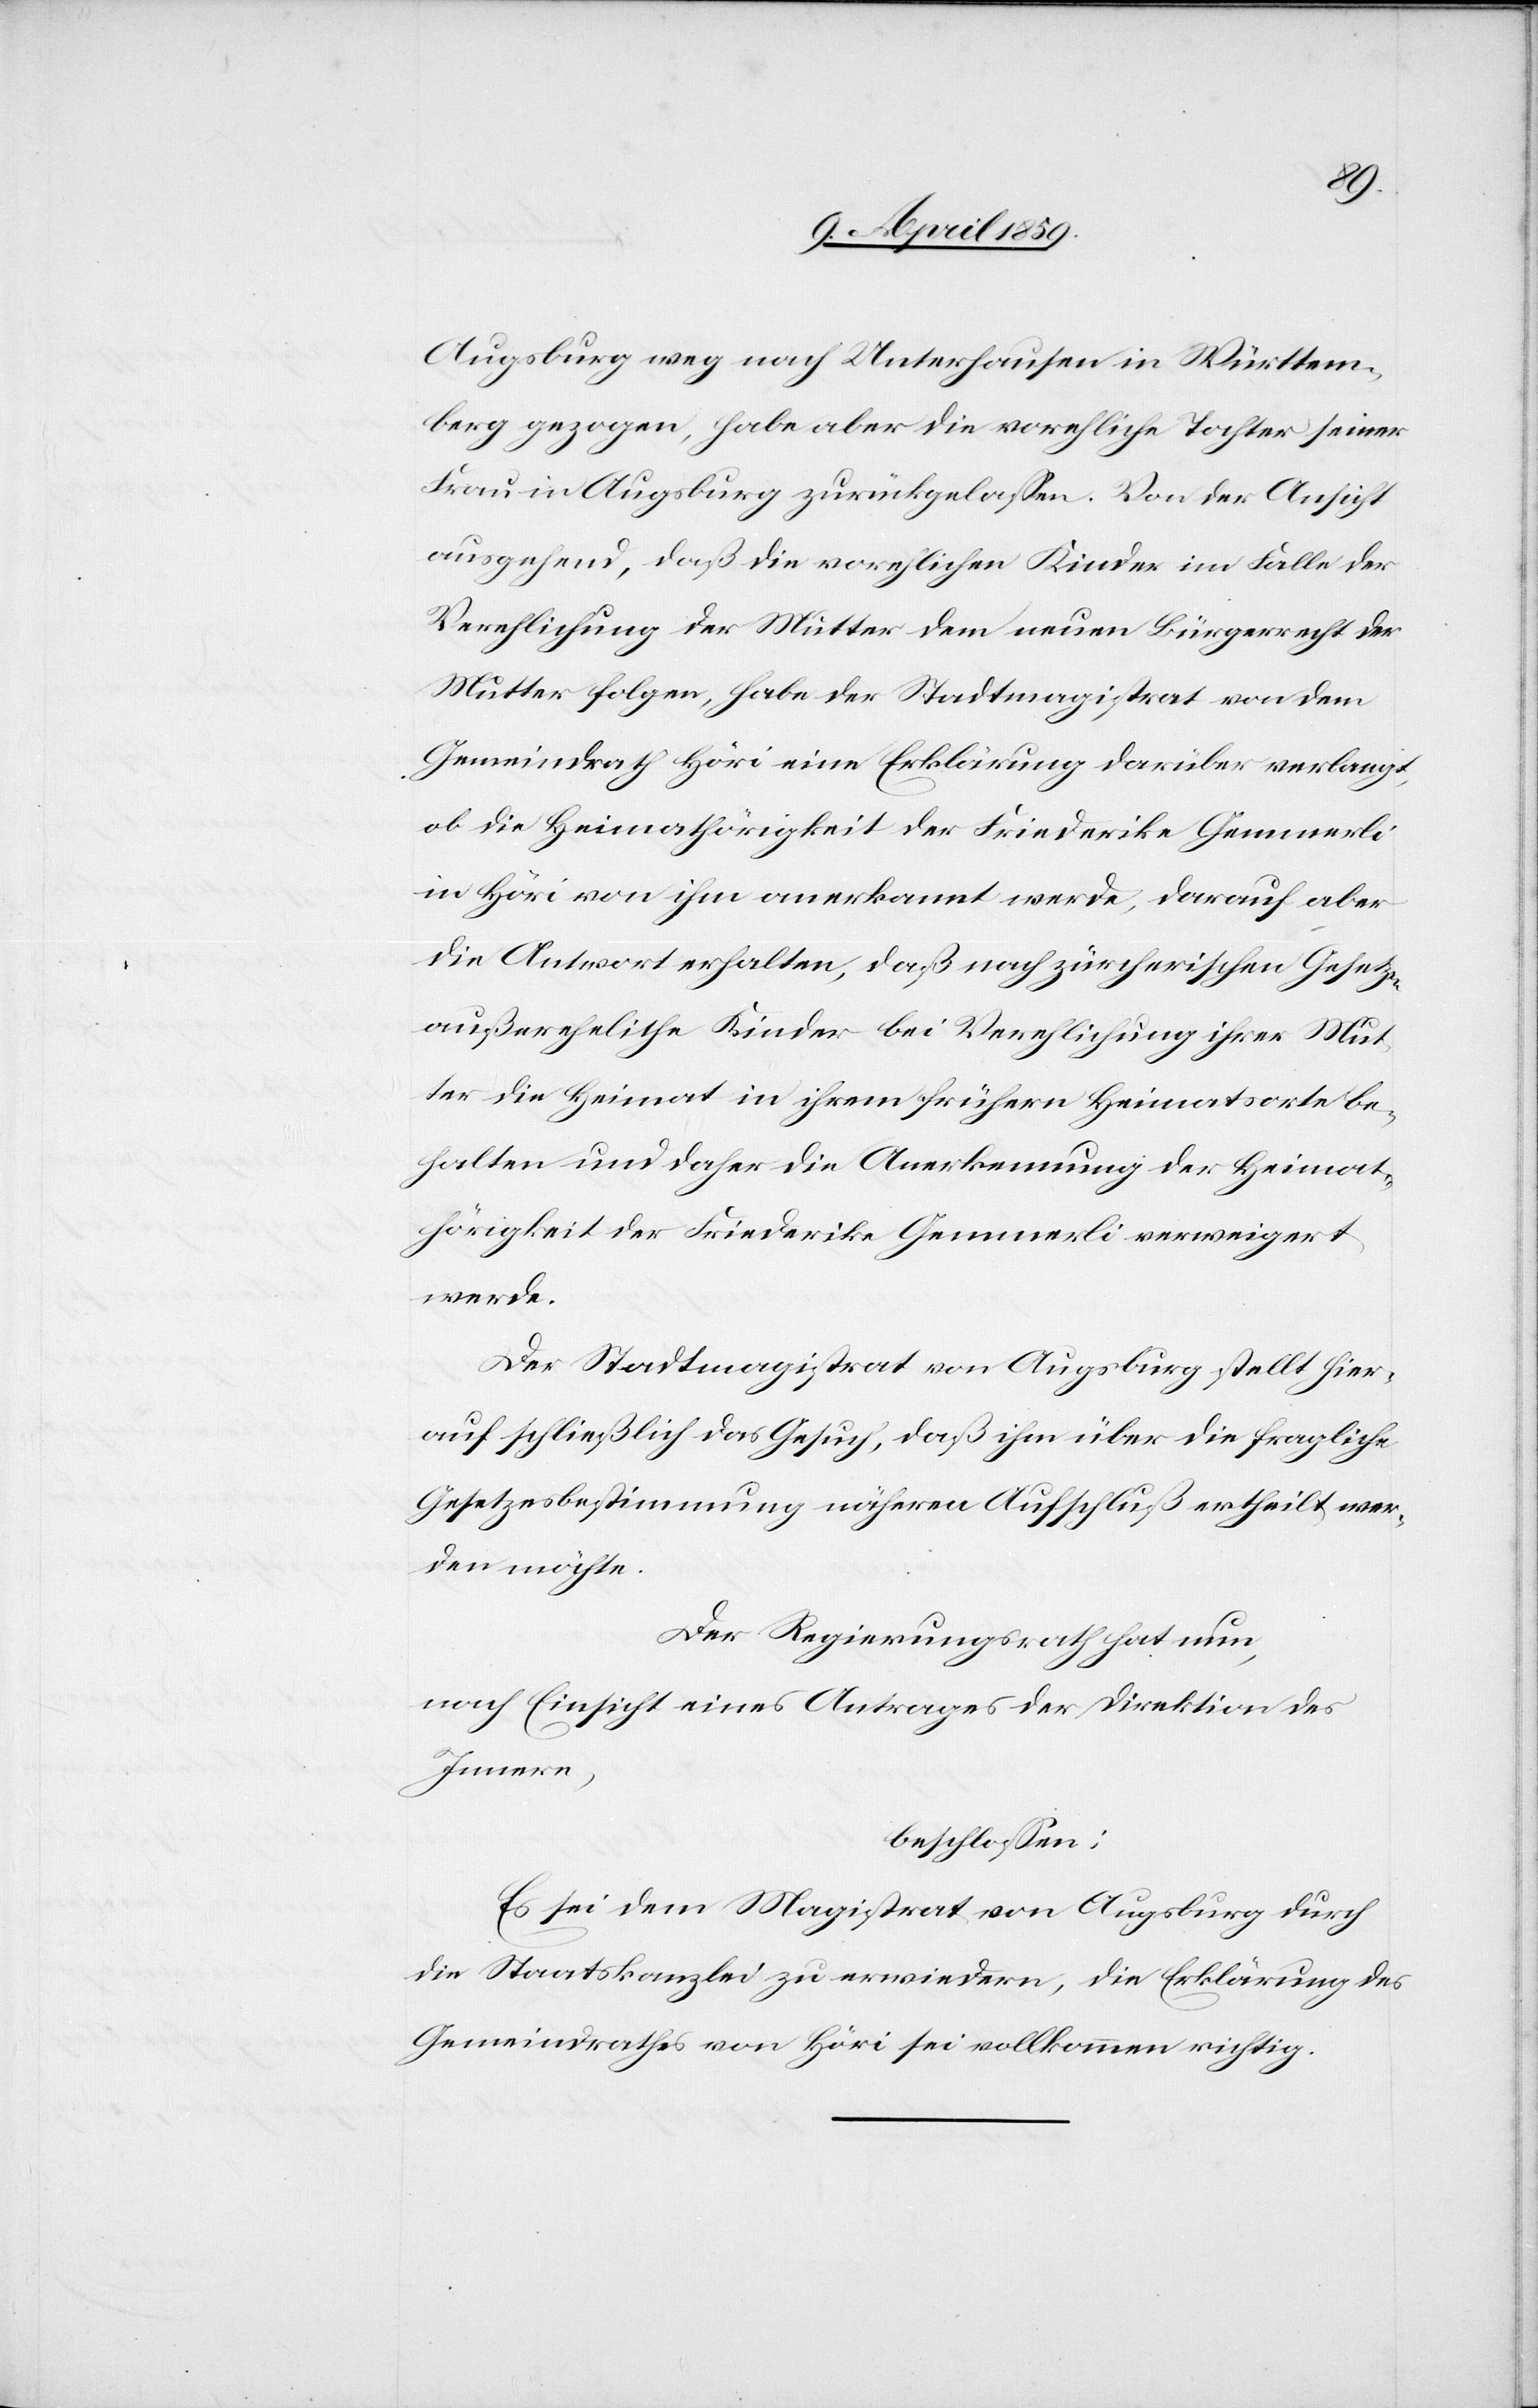
Augsburg weg nach Unterhausen in Württem¬
berg gezogen, habe aber die vorehliche Tochter seiner
Frau in Augsburg zurückgelaßen. Von der Ansicht
ausgehend, daß die vorehlichen Kinder im Falle der
Verehlichung der Mutter dem neuen Bürgerrecht der
Mutter folgen, habe der Stadtmagistrat von dem
Gemeindrath Höri eine Erklärung darüber verlangt,
ob die Heimathörigkeit der Friederike Gemmerli
in Höri von ihm anerkannt werde, darauf aber
die Antwort erhalten, daß nach zürcherischen Gesetzen
außereheliche Kinder bei Verehlichung ihrer Mut¬
ter die Heimat in ihrem frühern Heimatsorte be¬
halten und daher die Anerkennung der Heimat¬
hörigkeit der Friederike Gemmerli verweigert
werde.
Der Stadtmagistrat von Augsburg stellt hier¬
auf schließlich das Gesuch, daß ihm über die fragliche
Gesetzesbestimmung näheren Aufschluß ertheilt wer¬
den möchte.
Der Regierungsrath hat nun,
nach Einsicht eines Antrages der Direktion des
Innern,
beschloßen:
Es sei dem Magistrat von Augsburg durch
die Staatskanzlei zu erwiedern, die Erklärung des
Gemeindrathes von Höri sei vollkommen richtig.